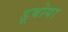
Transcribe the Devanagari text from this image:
डूबोया